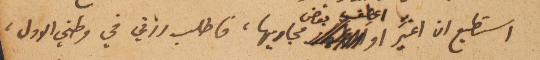
استطيع ان اغيِّر او اعطف بعد مجاريها، فاطلب رزقي في وطني الاول،